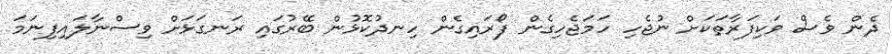
ދެން ވެސް ވަކިފަރާތަކަށް ނުޖެހި ހަމަޖެހިގެން ފޯރައިގެން ހިނދުކޮޅުން ބޭރުގައި ރަނގަޅަށް ވިސްނާލައިފިނަމަ